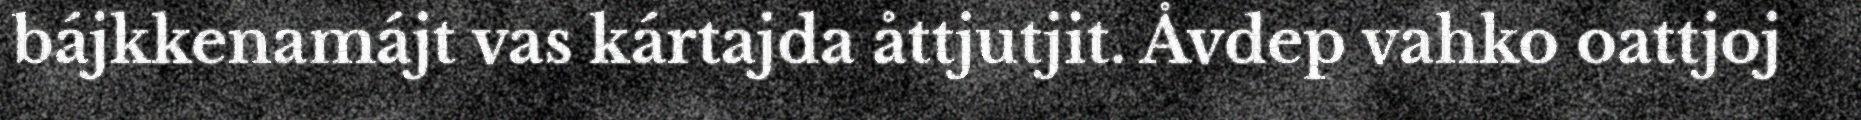
bájkkenamájt vas kártajda åttjutjit. Åvdep vahko oattjoj